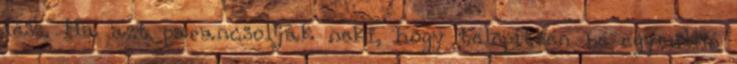
lesz. Ha azt parancsolják neki, hogy telepítsen be egymillió